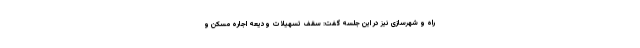
راه و شهرسازی نیز در این جلسه گفت: سقف تسهیلات ودیعه اجاره مسکن و